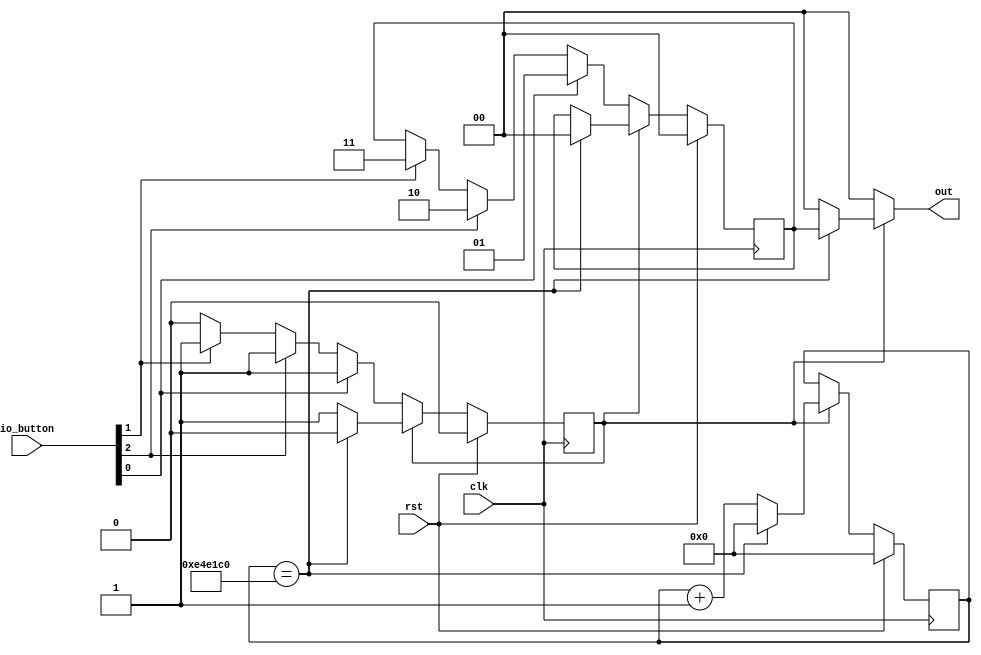
module debounce_3 (
    input clk,
    input rst,
    input [4:0] io_button,
    output reg [1:0] out
  );
  
  
  
  reg [25:0] M_debounce_clk_d, M_debounce_clk_q = 20'h00000;
  reg M_start_d, M_start_q = 1'h0;
  reg [1:0] M_op_to_write_d, M_op_to_write_q = 2'h0;
  
  reg up;
  
  reg down;
  
  reg center;
  
  always @* begin
    M_op_to_write_d = M_op_to_write_q;
    M_debounce_clk_d = M_debounce_clk_q;
    M_start_d = M_start_q;
    
    up = io_button[0+0-:1];
    center = io_button[1+0-:1];
    down = io_button[2+0-:1];
    out = 2'h0;
    if (!M_start_q) begin
      if (up) begin
        M_start_d = 1'h1;
        M_op_to_write_d = 2'h1;
      end else begin
        if (down) begin
          M_start_d = 1'h1;
          M_op_to_write_d = 2'h2;
        end else begin
          if (center) begin
            M_start_d = 1'h1;
            M_op_to_write_d = 2'h3;
          end
        end
      end
    end else begin
      if (M_debounce_clk_q == 24'he4e1c0) begin
        out = M_op_to_write_q;
        M_op_to_write_d = 2'h0;
        M_start_d = 1'h0;
        M_debounce_clk_d = 20'h00000;
      end else begin
        M_debounce_clk_d = M_debounce_clk_q + 1'h1;
      end
    end
  end
  
  always @(posedge clk) begin
    if (rst == 1'b1) begin
      M_debounce_clk_q <= 20'h00000;
      M_start_q <= 1'h0;
      M_op_to_write_q <= 2'h0;
    end else begin
      M_debounce_clk_q <= M_debounce_clk_d;
      M_start_q <= M_start_d;
      M_op_to_write_q <= M_op_to_write_d;
    end
  end
  
endmodule